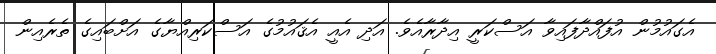
އެގައުމުން އުފައްދާފައިވާ އަސްކަރީ އިދާރާއެވެ. އަދި އެއީ އެޤައުމުގެ އަސްކަރިއްޔާގެ އަށްބައިގެ ތެރެއިން